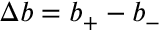
\Delta b = b _ { + } - b _ { - }